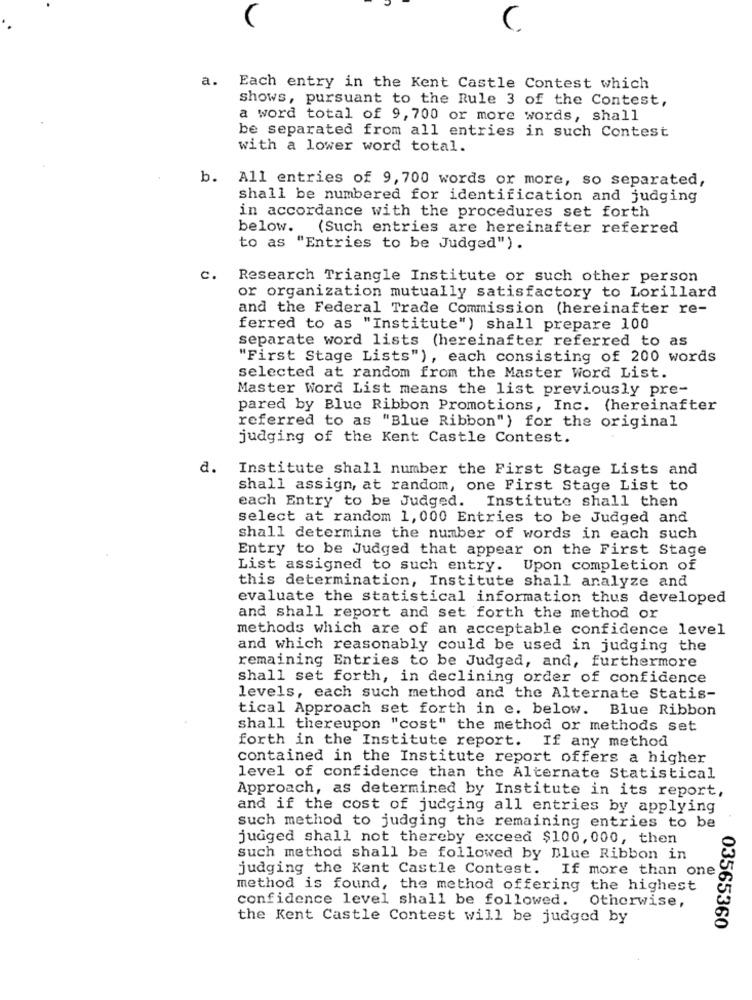
C
a. Each entry in the Kent Castle Contest which
Shows, pursuant to the Rule 3 of the Contest,
a word total of 9, 700 or more words, shall
be separated from all entries in such Contest
with a lower word total.
b. All entries of 9, 700 words or more, so separated,
shall be numbered for identification and judging
in accordance with the procedures set forth
below.
(Such entries are hereinafter referred
to as "Entries to be Judged").
c.
Research Triangle Institute or such other person
or organization mutually satisfactory to Lorillard
and the Federal Trade Commission (hereinafter re-
ferred to as "Institute") shall prepare 100
separate word lists (hereinafter referred to as
"First Stage Lists"), each consisting of 200 words
selected at random from the Master Word List.
Master Word List means the list previously pre-
pared by Blue Ribbon Promotions, Inc. (hereinafter
referred to as "Blue Ribbon") for the original
judging of the Kent Castle Contest.
a.
Institute shall number the First Stage Lists and
shall assign, at random, one First Stage List to
each Entry to be Judged. Institute shall then
select at random 1,000 Entries to be Judged and
shall determine the number of words in each such
Entry to be Judged that appear on the First Stage
List assigned to such entry. Upon completion of
this determination, Institute shall analyze and
evaluate the statistical information thus developed
and shall report and set forth the method or
methods which are of an acceptable confidence level
and which reasonably could be used in judging the
remaining Entries to be Judged, and, furthermore
shall set forth, in declining order of confidence
levels, each such method and the Alternate Statis-
tical Approach set forth in e. below. Blue Ribbon
shall thereupon "cost" the method or methods set
forth in the Institute report.
If any method
contained in the Institute report offers a higher
level of confidence than the Alternate Statistical
Approach, as determined by Institute in its report,
and if the cost of judging all entries by applying
such method to judging the remaining entries to be
judged shall not thereby exceed $100, 000, then
such method shall be followed by Blue Ribbon in
judging the Kent Castle Contest. If more than one
method is found, the method offering the highest
confidence level shall be followed.
Otherwise,
the Kent Castle Contest will be judged by
03565360